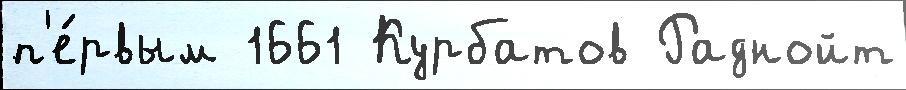
п'е́рвым 1661 Курбатов Раднойт